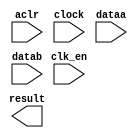
// megafunction wizard: %ALTFP_MULT%VBB%
// GENERATION: STANDARD
// VERSION: WM1.0
// MODULE: ALTFP_MULT 

// ============================================================
// Megafunction Name(s):
// 			ALTFP_MULT
//
// Simulation Library Files(s):
// 			lpm
// ============================================================
// ************************************************************
// THIS IS A WIZARD-GENERATED FILE. DO NOT EDIT THIS FILE!
//
// 18.1.0 Build 625 09/12/2018 SJ Standard Edition
// ************************************************************

//Copyright (C) 2018  Intel Corporation. All rights reserved.
//Your use of Intel Corporation's design tools, logic functions 
//and other software and tools, and its AMPP partner logic 
//functions, and any output files from any of the foregoing 
//(including device programming or simulation files), and any 
//associated documentation or information are expressly subject 
//to the terms and conditions of the Intel Program License 
//Subscription Agreement, the Intel Quartus Prime License Agreement,
//the Intel FPGA IP License Agreement, or other applicable license
//agreement, including, without limitation, that your use is for
//the sole purpose of programming logic devices manufactured by
//Intel and sold by Intel or its authorized distributors.  Please
//refer to the applicable agreement for further details.

module FP32_mult (
	aclr,
	clk_en,
	clock,
	dataa,
	datab,
	result)/* synthesis synthesis_clearbox = 1 */;

	input	  aclr;
	input	  clk_en;
	input	  clock;
	input	[31:0]  dataa;
	input	[31:0]  datab;
	output	[31:0]  result;

endmodule

// ============================================================
// CNX file retrieval info
// ============================================================
// Retrieval info: LIBRARY: altera_mf altera_mf.altera_mf_components.all
// Retrieval info: PRIVATE: FPM_FORMAT STRING "Single"
// Retrieval info: PRIVATE: INTENDED_DEVICE_FAMILY STRING "Cyclone IV E"
// Retrieval info: CONSTANT: DEDICATED_MULTIPLIER_CIRCUITRY STRING "YES"
// Retrieval info: CONSTANT: DENORMAL_SUPPORT STRING "NO"
// Retrieval info: CONSTANT: EXCEPTION_HANDLING STRING "NO"
// Retrieval info: CONSTANT: INTENDED_DEVICE_FAMILY STRING "UNUSED"
// Retrieval info: CONSTANT: LPM_HINT STRING "UNUSED"
// Retrieval info: CONSTANT: LPM_TYPE STRING "altfp_mult"
// Retrieval info: CONSTANT: PIPELINE NUMERIC "5"
// Retrieval info: CONSTANT: REDUCED_FUNCTIONALITY STRING "NO"
// Retrieval info: CONSTANT: ROUNDING STRING "TO_NEAREST"
// Retrieval info: CONSTANT: WIDTH_EXP NUMERIC "8"
// Retrieval info: CONSTANT: WIDTH_MAN NUMERIC "23"
// Retrieval info: USED_PORT: aclr 0 0 0 0 INPUT NODEFVAL "aclr"
// Retrieval info: CONNECT: @aclr 0 0 0 0 aclr 0 0 0 0
// Retrieval info: USED_PORT: clk_en 0 0 0 0 INPUT NODEFVAL "clk_en"
// Retrieval info: CONNECT: @clk_en 0 0 0 0 clk_en 0 0 0 0
// Retrieval info: USED_PORT: clock 0 0 0 0 INPUT NODEFVAL "clock"
// Retrieval info: CONNECT: @clock 0 0 0 0 clock 0 0 0 0
// Retrieval info: USED_PORT: dataa 0 0 32 0 INPUT NODEFVAL "dataa[31..0]"
// Retrieval info: CONNECT: @dataa 0 0 32 0 dataa 0 0 32 0
// Retrieval info: USED_PORT: datab 0 0 32 0 INPUT NODEFVAL "datab[31..0]"
// Retrieval info: CONNECT: @datab 0 0 32 0 datab 0 0 32 0
// Retrieval info: USED_PORT: result 0 0 32 0 OUTPUT NODEFVAL "result[31..0]"
// Retrieval info: CONNECT: result 0 0 32 0 @result 0 0 32 0
// Retrieval info: GEN_FILE: TYPE_NORMAL FP32_mult.v TRUE FALSE
// Retrieval info: GEN_FILE: TYPE_NORMAL FP32_mult.qip TRUE FALSE
// Retrieval info: GEN_FILE: TYPE_NORMAL FP32_mult.bsf TRUE TRUE
// Retrieval info: GEN_FILE: TYPE_NORMAL FP32_mult_inst.v TRUE TRUE
// Retrieval info: GEN_FILE: TYPE_NORMAL FP32_mult_bb.v TRUE TRUE
// Retrieval info: GEN_FILE: TYPE_NORMAL FP32_mult.inc TRUE TRUE
// Retrieval info: GEN_FILE: TYPE_NORMAL FP32_mult.cmp TRUE TRUE
// Retrieval info: LIB_FILE: lpm